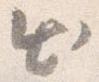
出